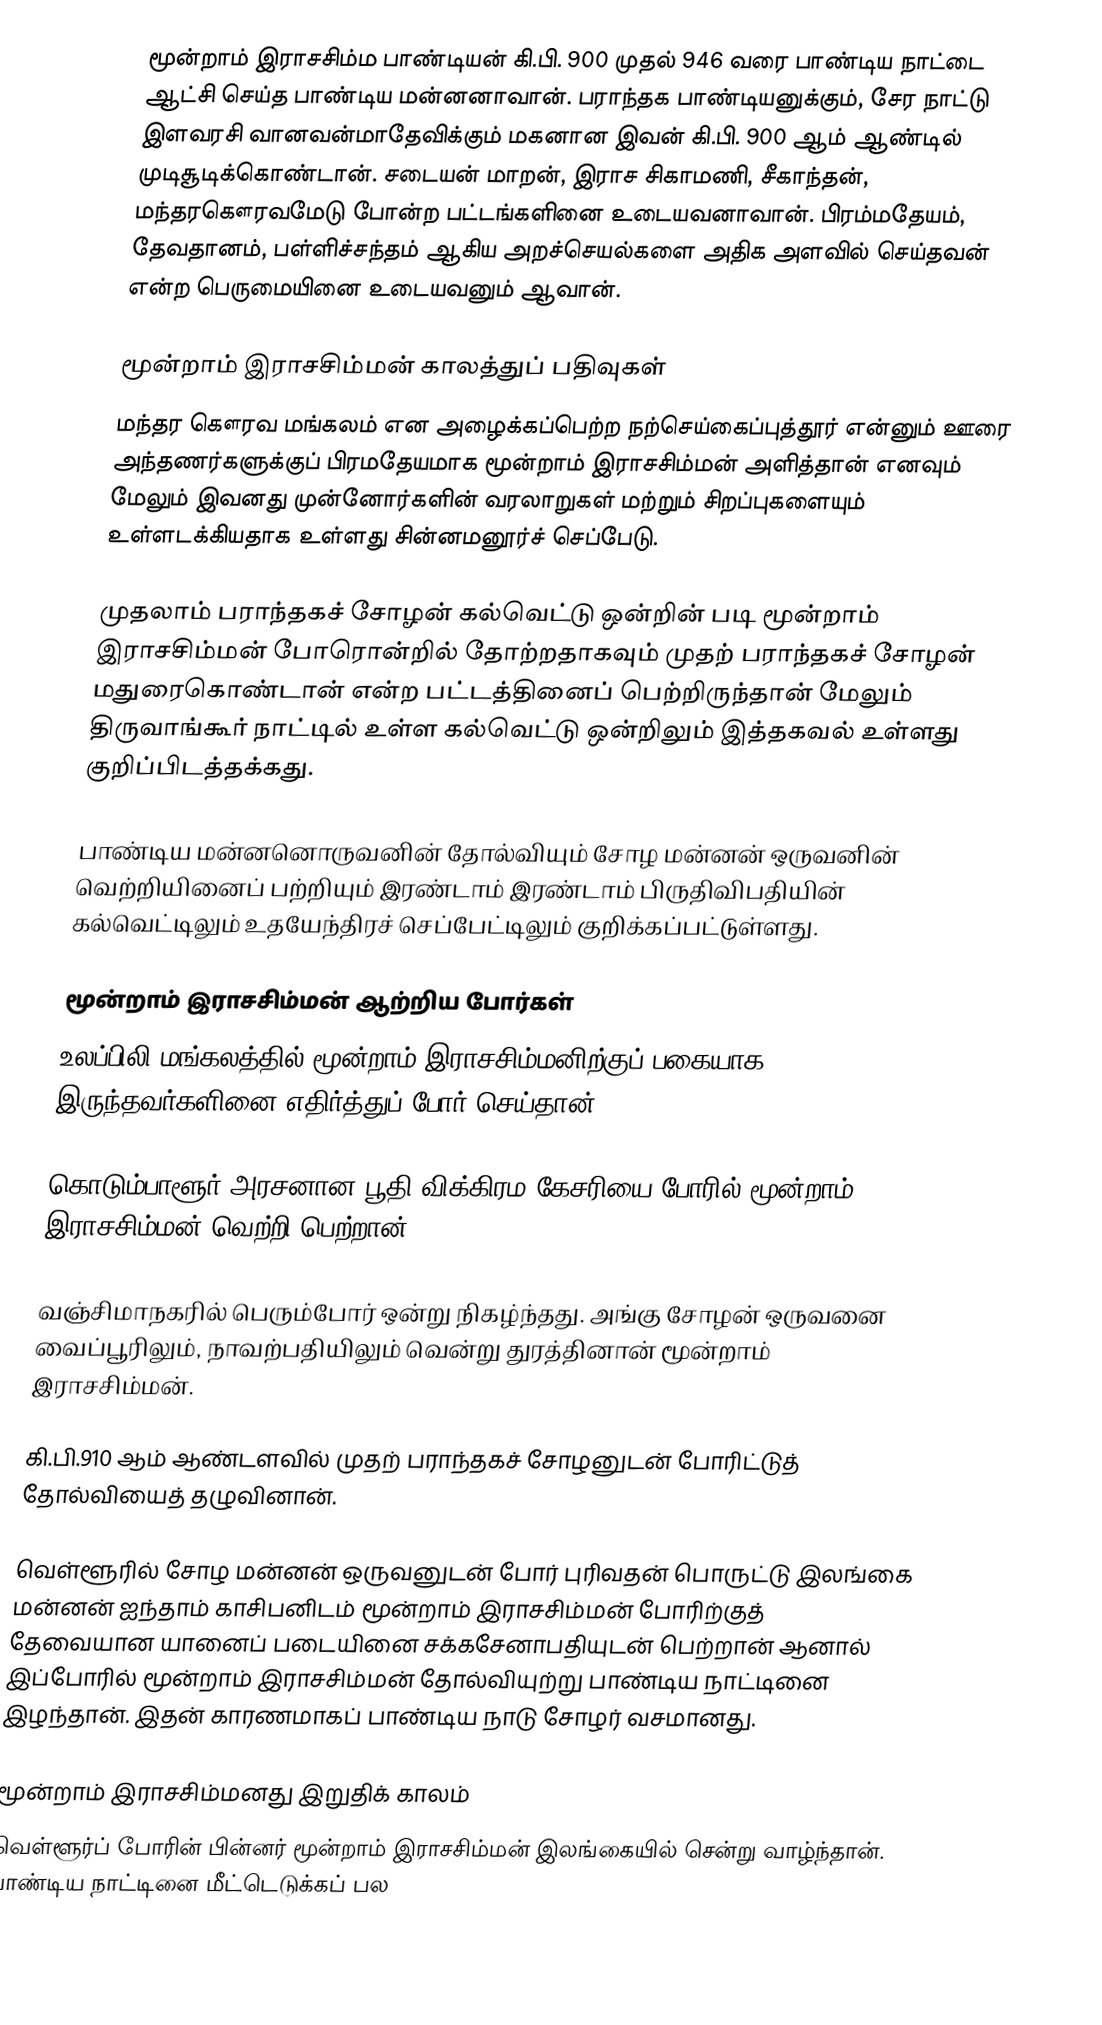
மூன்றாம் இராசசிம்ம பாண்டியன் கி.பி. 900 முதல் 946 வரை பாண்டிய நாட்டை ஆட்சி செய்த பாண்டிய மன்னனாவான். பராந்தக பாண்டியனுக்கும், சேர நாட்டு இளவரசி வானவன்மாதேவிக்கும் மகனான இவன் கி.பி. 900 ஆம் ஆண்டில் முடிசூடிக்கொண்டான். சடையன் மாறன், இராச சிகாமணி, சீகாந்தன், மந்தரகௌரவமேடு போன்ற பட்டங்களினை உடையவனாவான். பிரம்மதேயம், தேவதானம், பள்ளிச்சந்தம் ஆகிய அறச்செயல்களை அதிக அளவில் செய்தவன் என்ற பெருமையினை உடையவனும் ஆவான்.

மூன்றாம் இராசசிம்மன் காலத்துப் பதிவுகள்
 மந்தர கௌரவ மங்கலம் என அழைக்கப்பெற்ற நற்செய்கைப்புத்தூர் என்னும் ஊரை அந்தணர்களுக்குப் பிரமதேயமாக மூன்றாம் இராசசிம்மன் அளித்தான் எனவும் மேலும் இவனது முன்னோர்களின் வரலாறுகள் மற்றும் சிறப்புகளையும் உள்ளடக்கியதாக உள்ளது சின்னமனூர்ச் செப்பேடு.

 முதலாம் பராந்தகச் சோழன் கல்வெட்டு ஒன்றின் படி மூன்றாம் இராசசிம்மன் போரொன்றில் தோற்றதாகவும் முதற் பராந்தகச் சோழன் மதுரைகொண்டான் என்ற பட்டத்தினைப் பெற்றிருந்தான் மேலும் திருவாங்கூர் நாட்டில் உள்ள கல்வெட்டு ஒன்றிலும் இத்தகவல் உள்ளது குறிப்பிடத்தக்கது.

 பாண்டிய மன்னனொருவனின் தோல்வியும் சோழ மன்னன் ஒருவனின் வெற்றியினைப் பற்றியும் இரண்டாம் இரண்டாம் பிருதிவிபதியின் கல்வெட்டிலும் உதயேந்திரச் செப்பேட்டிலும் குறிக்கப்பட்டுள்ளது.

மூன்றாம் இராசசிம்மன் ஆற்றிய போர்கள்
 உலப்பிலி மங்கலத்தில் மூன்றாம் இராசசிம்மனிற்குப் பகையாக இருந்தவர்களினை எதிர்த்துப் போர் செய்தான்.

 கொடும்பாளூர் அரசனான  பூதி விக்கிரம கேசரியை போரில் மூன்றாம் இராசசிம்மன் வெற்றி பெற்றான்.

 வஞ்சிமாநகரில் பெரும்போர் ஒன்று நிகழ்ந்தது. அங்கு சோழன் ஒருவனை வைப்பூரிலும், நாவற்பதியிலும் வென்று துரத்தினான் மூன்றாம் இராசசிம்மன்.

 கி.பி.910 ஆம் ஆண்டளவில் முதற் பராந்தகச் சோழனுடன் போரிட்டுத் தோல்வியைத் தழுவினான்.

 வெள்ளூரில் சோழ மன்னன் ஒருவனுடன் போர் புரிவதன் பொருட்டு இலங்கை மன்னன் ஐந்தாம் காசிபனிடம் மூன்றாம் இராசசிம்மன் போரிற்குத் தேவையான யானைப் படையினை சக்கசேனாபதியுடன் பெற்றான் ஆனால் இப்போரில் மூன்றாம் இராசசிம்மன் தோல்வியுற்று பாண்டிய நாட்டினை இழந்தான். இதன் காரணமாகப் பாண்டிய நாடு சோழர் வசமானது.

மூன்றாம் இராசசிம்மனது இறுதிக் காலம்
வெள்ளூர்ப் போரின் பின்னர் மூன்றாம் இராசசிம்மன் இலங்கையில் சென்று வாழ்ந்தான். பாண்டிய நாட்டினை மீட்டெடுக்கப் பல